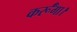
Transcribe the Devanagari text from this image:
कर्रूँगा।